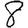
Digit: 8